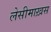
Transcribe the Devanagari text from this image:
लेसीमाख़स